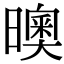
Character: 𣋉